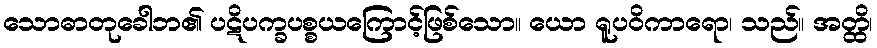
သောဓာတုခေါဘ၏ ပဋိပက္ခပစ္စယကြောင့်ဖြစ်သော။ ယော ရူပဝိကာရော၊ သည်။ အတ္ထိ၊